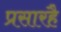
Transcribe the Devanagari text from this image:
प्रसारहै